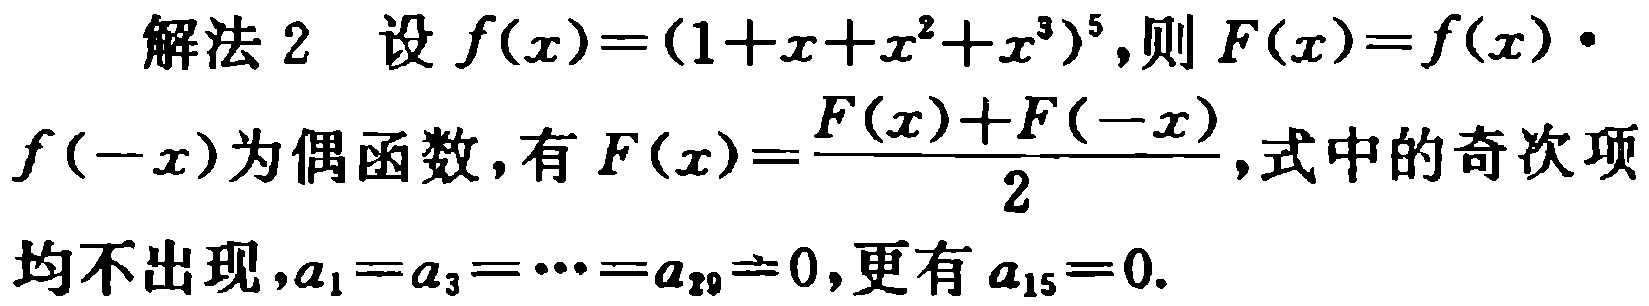
解法 2 设 \(f(x)=(1 + x + x^{2}+x^{3})^{5}\),则 \(F(x)=f(x)\cdot f(-x)\)为偶函数，有 \(F(x)=\frac{F(x)+F(-x)}{2}\),式中的奇次项均不出现，\(a_{1}=a_{3}=\cdots =a_{29}=0\),更有 \(a_{15}=0\).